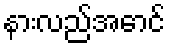
နားလည်အောင်